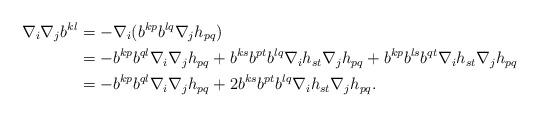
LaTeX: \begin{align*}\nabla_{i}\nabla_{j}b^{kl}&=-\nabla_{i}(b^{kp}b^{lq}\nabla_{j}h_{pq})\\&=-b^{kp}b^{ql}\nabla_{i}\nabla_{j}h_{pq}+b^{ks}b^{pt}b^{lq}\nabla_{i}h_{st}\nabla_{j}h_{pq}+b^{kp}b^{ls}b^{qt}\nabla_{i}h_{st}\nabla_{j}h_{pq}\\&=-b^{kp}b^{ql}\nabla_{i}\nabla_{j}h_{pq}+2b^{ks}b^{pt}b^{lq}\nabla_{i}h_{st}\nabla_{j}h_{pq}.\end{align*}